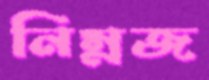
নিম্নজ